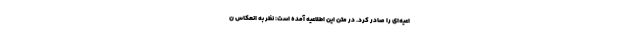
اعیه‌ای را صادر کرد. در متن این اطلاعیه آمده است: نظر به انعکاس ن